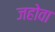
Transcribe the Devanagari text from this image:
जहोवा